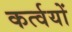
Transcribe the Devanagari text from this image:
कर्त्वयों